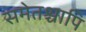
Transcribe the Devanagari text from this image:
समेतश्चापि